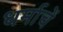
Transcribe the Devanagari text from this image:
धर्माचें